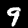
Digit: 9